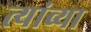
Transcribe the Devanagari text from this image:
त्यांव्या